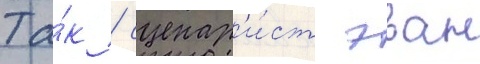
Та́к / сценар'и́ст эван